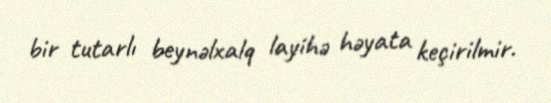
bir tutarlı beynəlxalq layihə həyata keçirilmir.